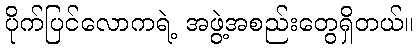
ပိုက်ပြင်လောကရဲ့ အဖွဲ့အစည်းတွေရှိတယ်။